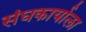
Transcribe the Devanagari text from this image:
संघकार्याला